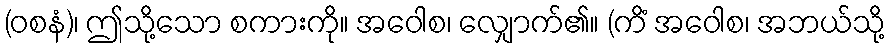
(ဝစနံ)၊ ဤသို့သော စကားကို။ အဝေါစ၊ လျှောက်၏။ (ကိံ အဝေါစ၊ အဘယ်သို့